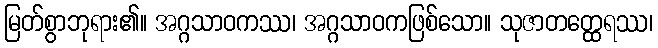
မြတ်စွာဘုရား၏။ အဂ္ဂသာဝကဿ၊ အဂ္ဂသာဝကဖြစ်သော။ သုဇာတတ္ထေရဿ၊